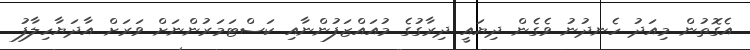
އެގޮތުން މިއަދު ހެނދުނު ވެގެން ދިޔައީ ދިރާގުގެ މުއައްޒަފުންނާއި ކަސްޓަމަރުންނަށް ވަރަށް އާދަޔާހިލާފު